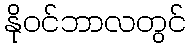
နိုဝင်ဘာလတွင်